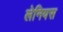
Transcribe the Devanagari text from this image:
लेनियस